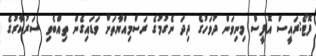
ފޮޓޯ:ރައީސް އޮފީސް މިނިވަން ދުވަހުގެ ދިދަ ނެގުމުގެ ރަސްމިއްޔާތަށް ވަޑައިގެން ތިއްބެވި ސަރުކާރުގެ